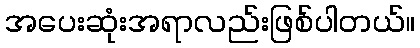
အပေးဆုံးအရာလည်းဖြစ်ပါတယ်။